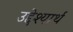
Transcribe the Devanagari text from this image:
उद्देश्यार्थ